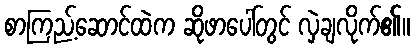
စာကြည့်ဆောင်ထဲက ဆိုဖာပေါ်တွင် လှဲချလိုက်၏။